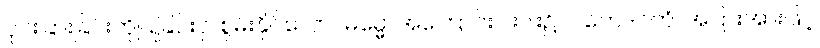
ပိုင်းခြားခြင်းကိုပြုခြင်းငှါ စွမ်းနိုင်သော။ ဓမ္မေ၊ အကြောင်းငါးပါး၌။ ပဘေဒဂတံ၊ အပြားအားဖြင့်